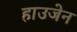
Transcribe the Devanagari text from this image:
हाउजेन